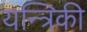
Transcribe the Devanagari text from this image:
यन्त्रिकी